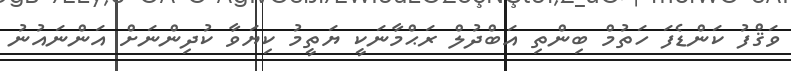
ވަޤްފު ކަންޑެފަ ހަތުމް ބިންތި އަބްދުލް ރަޙްމާނަކީ ޔަތީމު ކިޔަވާ ކުދިންނަށް އަންނައުނު